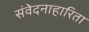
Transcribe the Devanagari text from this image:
संवेदनाहारिता